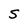
Character: S